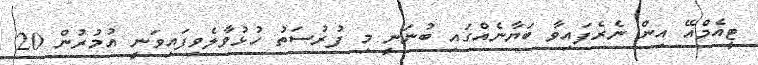
ޓީއެމްއޭ އިން ނެރެފައިވާ ބަޔާނެއްގައި ބުނަނީ މި ފުރުސަތު ހުޅުވާލެވިފައިވަނީ އުމުރުން 20